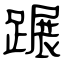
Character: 蹍